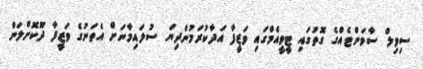
ސިވިލް ސާވަންޓެއްގެ ގޮތުގައި ޓީވީއެމްގައި ވަޒީފާ އަދާކުރަމުންދިޔަ ސުލައިމާނަށް އެތަނުގެ ވަޒީފާ ދޫކޮށްލަން